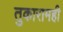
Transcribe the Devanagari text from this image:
तुकारामही